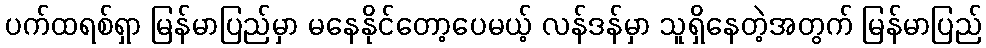
ပက်ထရစ်ရှာ မြန်မာပြည်မှာ မနေနိုင်တော့ပေမယ့် လန်ဒန်မှာ သူရှိနေတဲ့အတွက် မြန်မာပြည်